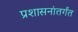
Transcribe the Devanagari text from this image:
प्रशासनांतर्गंत